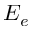
E _ { e }